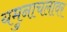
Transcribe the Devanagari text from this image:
यमुनाचलावर